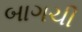
બાગચી